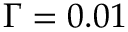
\Gamma = 0 . 0 1